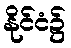
နိုင်ငံ၌